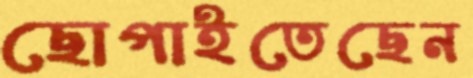
ছোপাইতেছেন